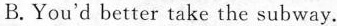
B.You'd better take the subway.